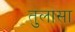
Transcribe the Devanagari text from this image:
तुलासा